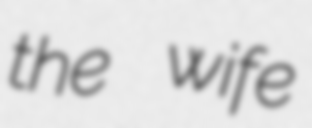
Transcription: the wife